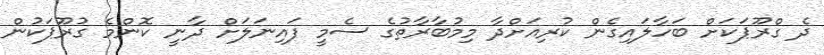
ދެ ގްރޫޕަކަށް ބަހާލައިގެން ކުރިއަށްދާ މިމުބާރާތުގެ ސެމީ ފައިނަލަށް ދާނީ ކޮންމެ ގުރޫޕަކުން